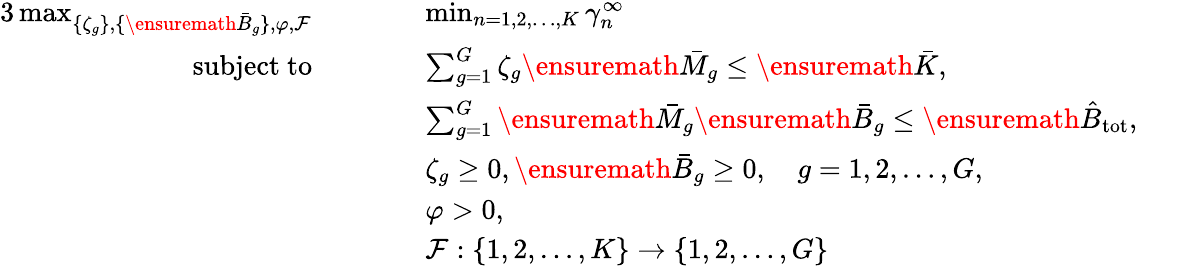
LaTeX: \begin{array}{rlrlrl}{{3}\operatorname*{max}_{\{ \zeta_{g}\} ,\{ \ensuremath{\bar{B}}_{g}\} ,\varphi,\mathcal{F}}}&{\quad}&&{\operatorname*{min}_{n=1,2,\ldots,K}\gamma_{n}^{\infty}}&\\ {\mathrm{subject~to}}&{}&&{\sum_{g=1}^{G}\zeta_{g}\ensuremath{\bar{M}}_{g}\le\ensuremath{\bar{K}},}&\\ &{}&&{\sum_{g=1}^{G}\ensuremath{\bar{M}}_{g}\ensuremath{\bar{B}}_{g}\le\ensuremath{\hat{B}_{\mathrm{tot}}},}&&{}\\ &{}&&{\zeta_{g}\ge 0,\ensuremath{\bar{B}}_{g}\ge 0,\quad g=1,2,\ldots,G,}&\\ &{}&&{\varphi>0,}&\\ &{}&&{\mathcal{F}:\{ 1,2,\ldots,K\} \to\{ 1,2,\ldots,G\} }&\end{array}